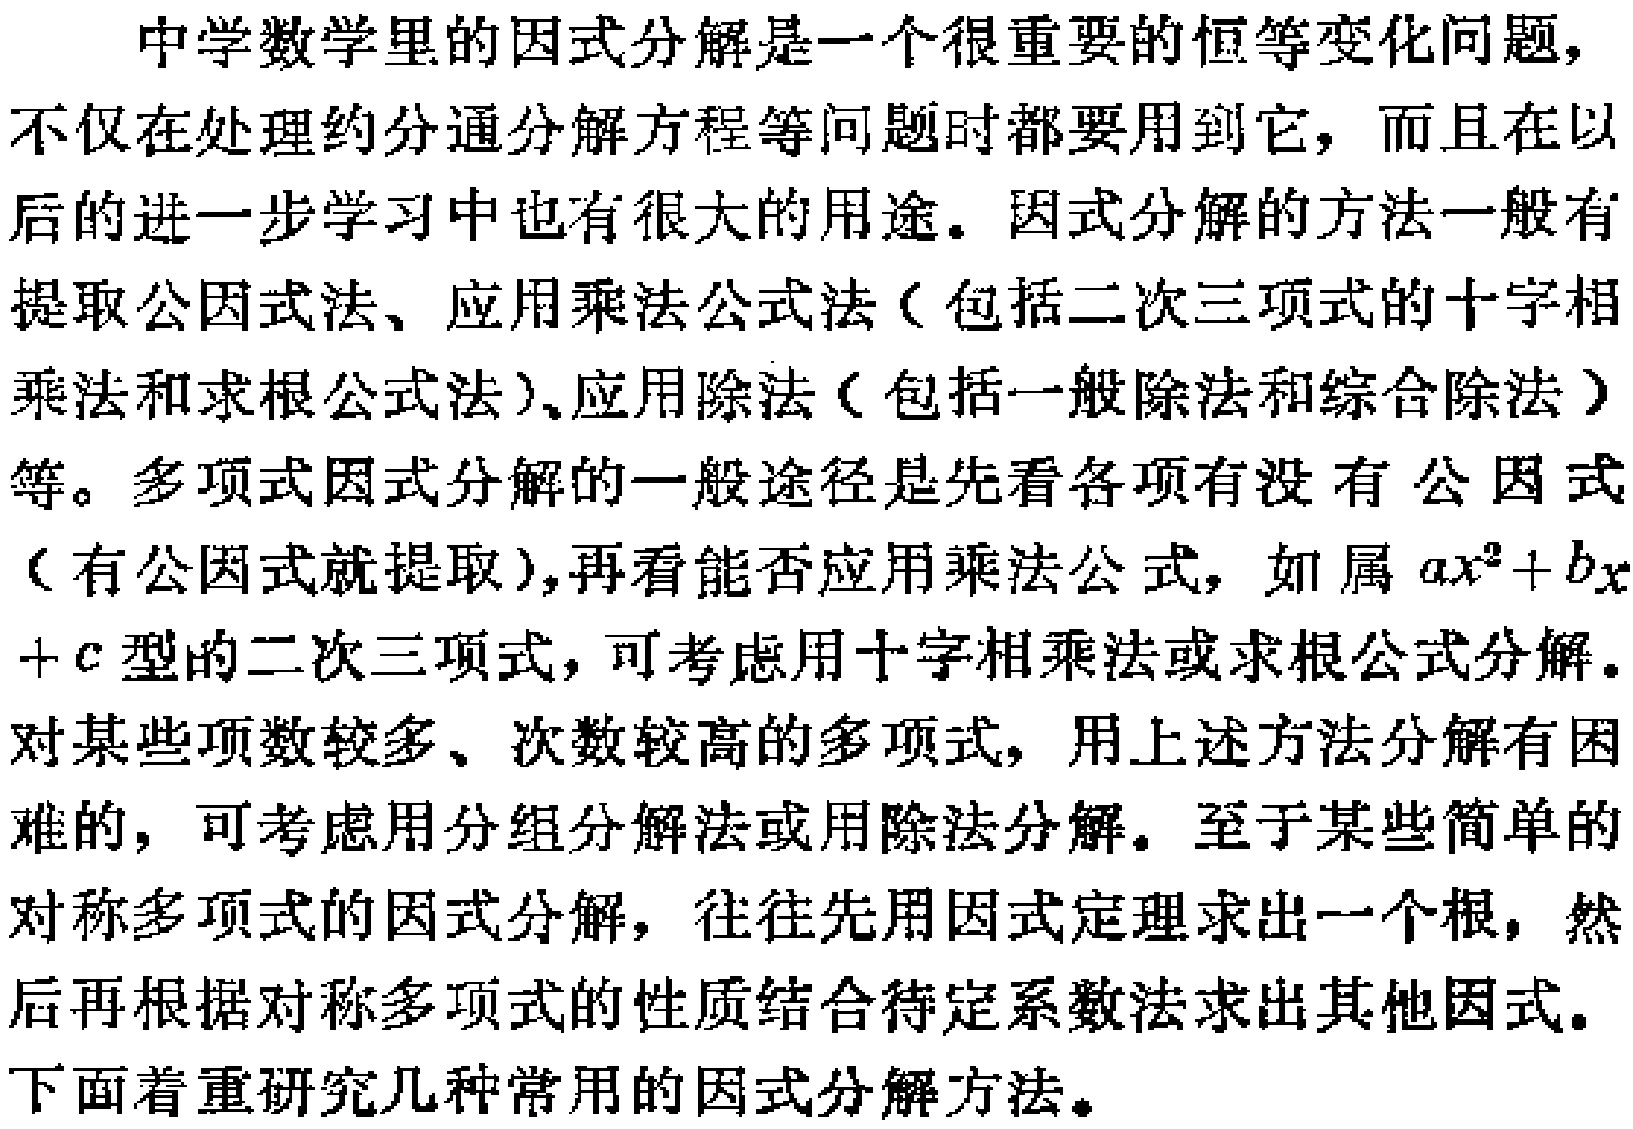
中学数学里的因式分解是一个很重要的恒等变化问题，不仅在处理约分通分解方程等问题时都要用到它，而且在以后的进一步学习中也有很大的用途。因式分解的方法一般有提取公因式法、应用乘法公式法（包括二次三项式的十字相乘法和求根公式法）、应用除法（包括一般除法和综合除法）等。多项式因式分解的一般途径是先看各项有没有公因式（有公因式就提取），再看能否应用乘法公式，如属\(ax^{2}+bx +c\)型的二次三项式，可考虑用十字相乘法或求根公式分解。对某些项数较多、次数较高的多项式，用上述方法分解有困难的，可考虑用分组分解法或用除法分解。至于某些简单的对称多项式的因式分解，往往先用因式定理求出一个根，然后再根据对称多项式的性质结合待定系数法求出其他因式。下面着重研究几种常用的因式分解方法。